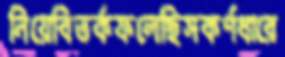
নিয়েবিতর্কফলেছিসকর্ণধারে